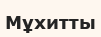
Мұхитты